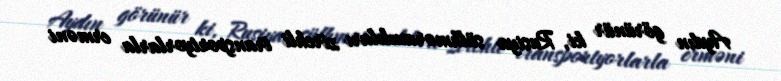
Aydın görünür ki, Rusiya sülhməramlıları zirehli transportyorlarla erməni